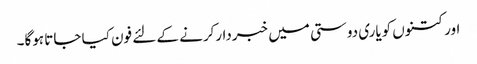
اور کتنوں کویاری دوستی میں خبردار‌کرنے کے لئے فون کیا جاتا ہوگا۔